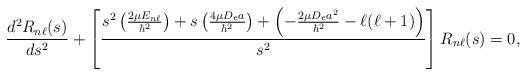
LaTeX: \begin{align*}\frac{d^2R_{n\ell}(s)}{ds^2}+\left[\frac{s^2\left(\frac{2\mu E_{n\ell}}{\hbar^2}\right)+s\left(\frac{4\mu D_{e}a}{\hbar^2}\right)+\left(-\frac{2\mu D_ea^2}{\hbar^2}-\ell(\ell+1)\right)}{s^2}\right]R_{n\ell}(s)=0,\end{align*}